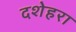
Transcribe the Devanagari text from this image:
दशेहरा